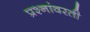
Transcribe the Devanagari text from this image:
प्रश्नांवरती